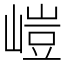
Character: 嵦